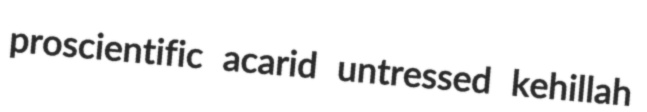
proscientific acarid untressed kehillah